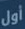
أول